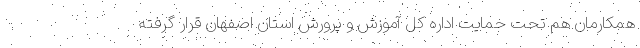
همکارمان هم تحت حمایت اداره کل آموزش و پرورش استان اصفهان قرار گرفته